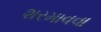
શરમાવવા